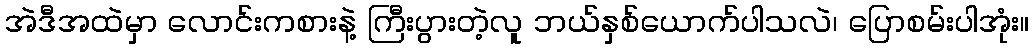
အဲဒီအထဲမှာ လောင်းကစားနဲ့ ကြီးပွားတဲ့လူ ဘယ်နှစ်ယောက်ပါသလဲ၊ ပြောစမ်းပါအုံး။